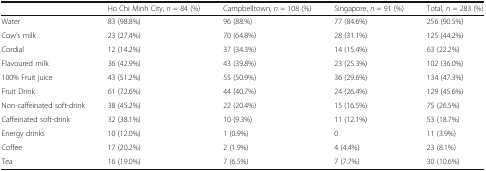
|  | Ho Chi Minh City, n = 84 (%) | Campbelltown, n = 108 (%) | Singapore, n = 91 (%) | Total, n = 283 (%) |
 | --- | --- | --- | --- | --- |
 | Water | 83 (98.8%) | 96 (88.%) | 77 (84.6%) | 256 (90.5%) |
 | Cow’s milk | 23 (27.4%) | 70 (64.8%) | 28 (31.1%) | 125 (44.2%) |
 | Cordial | 12 (14.2%) | 37 (34.3%) | 14 (15.4%) | 63 (22.2%) |
 | Flavoured milk | 36 (42.9%) | 43 (39.8%) | 23 (25.3%) | 102 (36.0%) |
 | 100% Fruit juice | 43 (51.2%) | 55 (50.9%) | 36 (29.6%) | 134 (47.3%) |
 | Fruit Drink | 61 (72.6%) | 44 (40.7%) | 24 (26.4%) | 129 (45.6%) |
 | Non-caffeinated soft-drink | 38 (45.2%) | 22 (20.4%) | 15 (16.5%) | 75 (26.5%) |
 | Caffeinated soft-drink | 32 (38.1%) | 10 (9.3%) | 11 (12.1%) | 53 (18.7%) |
 | Energy drinks | 10 (12.0%) | 1 (0.9%) | 0 | 11 (3.9%) |
 | Coffee | 17 (20.2%) | 2 (1.9%) | 4 (4.4%) | 23 (8.1%) |
 | Tea | 16 (19.0%) | 7 (6.5%) | 7 (7.7%) | 30 (10.6%) |